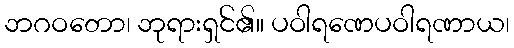
ဘဂဝတော၊ ဘုရားရှင်၏။ ပဝါရဏေပဝါရဏာယ၊